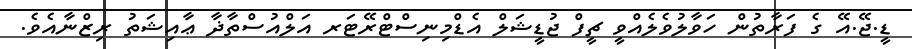
ޑީ.ޖޭ.އޭ ގެ ފަރާތުން ހަވާލުވެލެއްވީ ޗީފް ޖުޑީޝަލް އެޑްމިނިސްޓްރޭޓަރ އަލްއުސްތާޛާ ޢާއިޝަތު ރިޒްނާއެވެ.